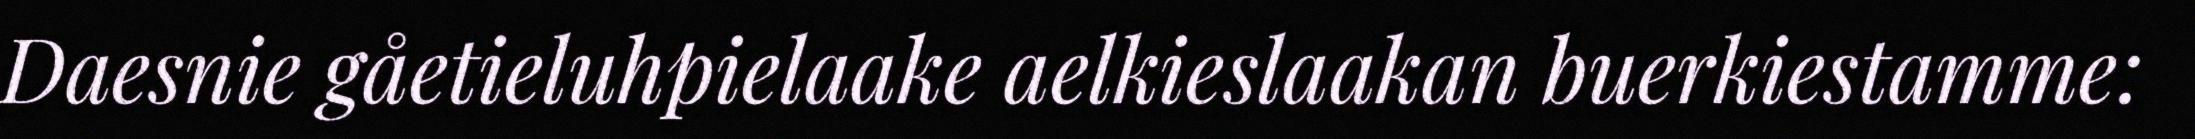
Daesnie gåetieluhpielaake aelkieslaakan buerkiestamme: